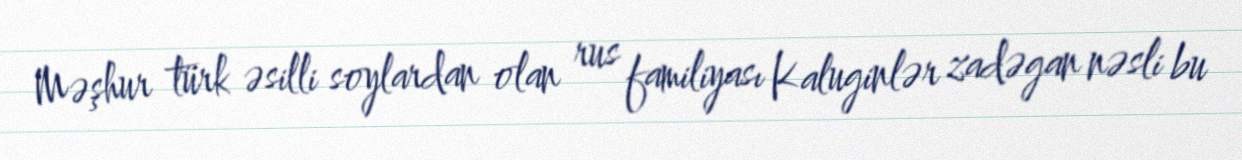
Məşhur türk əsilli soylardan olan rus familiyası Kaluginlər zadəgan nəsli bu